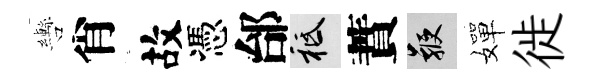
轡肖故憑邰祇蕡鞭嬋徙